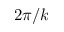
2 \pi / k